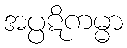
အပ္ပဋိကမ္မာ